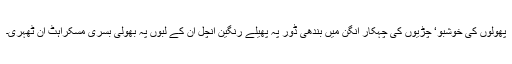
پھولوں کی خوشبو‘ چڑیوں کی چہکار آنگن میں بندھی ڈور پہ پھیلے رنگین آنچل ان کے لبوں پہ بھولی بسری مسکراہٹ آن ٹھہری۔